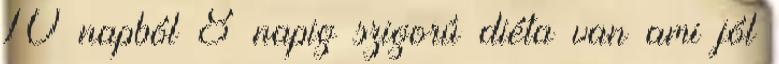
10 napból 8 napig szigorú diéta van ami jól